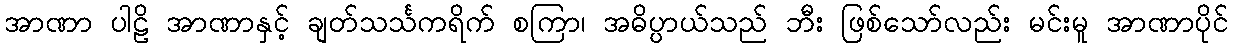
အာဏာ ပါဠိ အာဏာနှင့် ချတ်သင်္သကရိက် စကြာ၊ အဓိပ္ပာယ်သည် ဘီး ဖြစ်သော်လည်း မင်းမူ အာဏာပိုင်